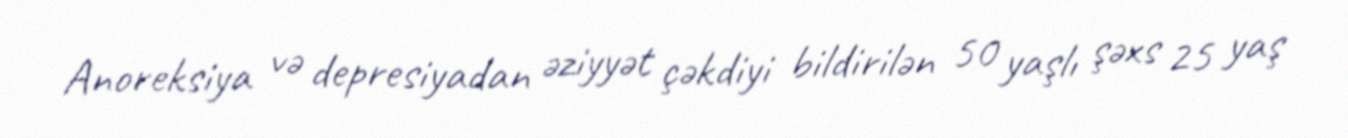
Anoreksiya və depresiyadan əziyyət çəkdiyi bildirilən 50 yaşlı şəxs 25 yaş